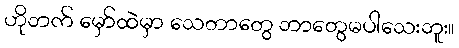
ဟိုဘက် မှော်ထဲမှာ သေတာတွေ ဘာတွေမပါသေးဘူး။